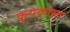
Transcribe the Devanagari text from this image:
कुयंकास्ट